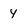
Character: y